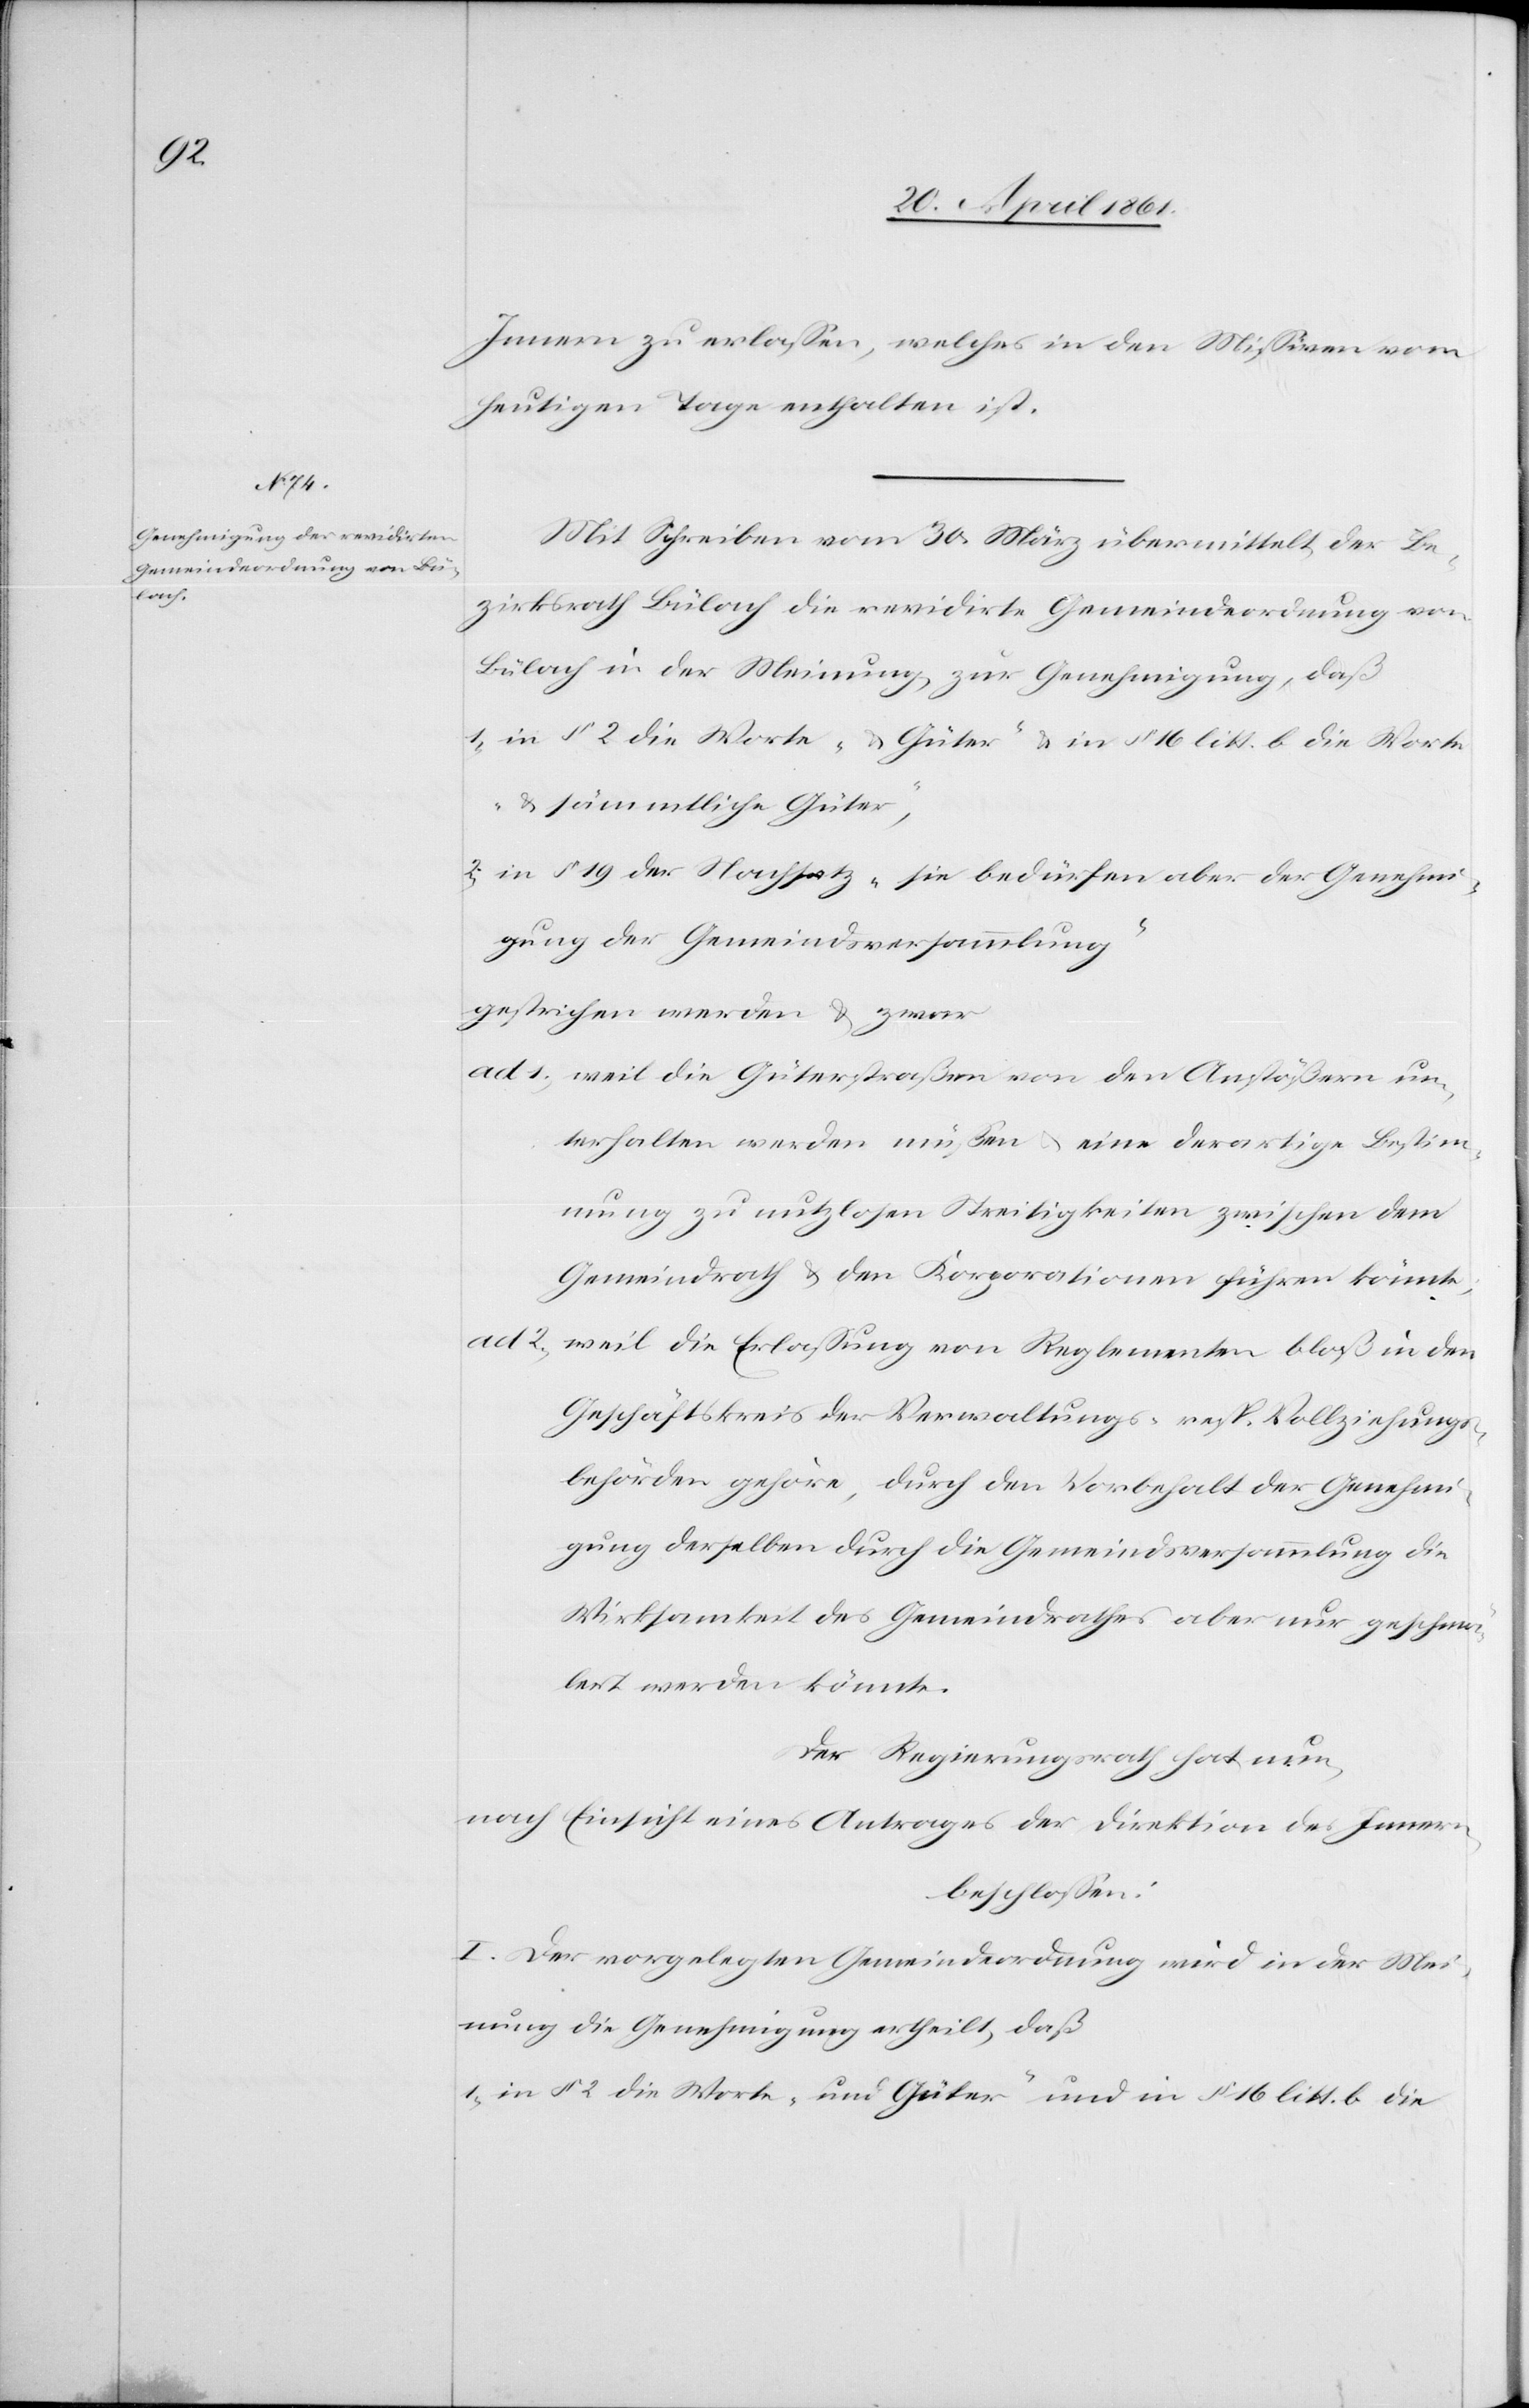
Innern zu erlassen, welches in den Missiven vom
heutigen Tage enthalten ist.
Mit Schreiben vom 30. März übermittelt der Be¬
zirksrath Bülach die revidirte Gemeindeordnung von
Bülach in der Meinung, zur Genehmigung, daß
1. in § 2 die Worte „u. Güter“ u. in § 16 litt. b die Worte
„u. sämmtliche Güter“,
2. in § 19 der Nachsatz „sie bedürfen aber der Genehmi¬
gung der Gemeindsversammlung“
gestrichen werden u. zwar
ad 1. weil die Güterstraßen von den Anstößern un¬
terhalten werden müssen u. eine derartige Bestim¬
mung zu nutzlosen Streitigkeiten zwischen dem
Gemeindrath u. den Korporationen führen könnte.
ad. 2. weil die Erlassung von Reglementen bloß in den
Geschäftskreis der Verwaltungs- resp. Vollziehungs¬
behörden gehöre, durch den Vorbehalt der Genehmi¬
gung derselben durch die Gemeindsversammlung die
Wirksamkeit des Gemeindrathes aber nur geschmä¬
lert werden könnte.
Der Regierungsrath hat nun,
nach Einsicht eines Antrages der Direktion des Innern,
beschlossen:
I. Der vorgelegten Gemeindeordnung wird in der Mei¬
nung die Genehmigung ertheilt, daß
1. in § 2 die Worte „und Güter“ und in § 16 litt. b die